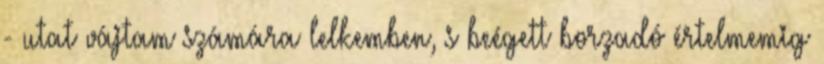
- utat vájtam számára lelkemben, s beégett borzadó értelmemig